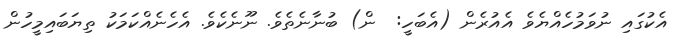
އެކުގައި ނުވަމުހެއްޔެވެ އެއުރެން (އެބަހީ:  ން) ބުނާނެތެވެ. ނޫނެކެވެ. އެހެނެއްކަމަކު ތިޔަބައިމީހުން